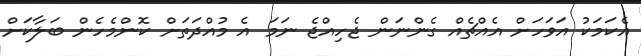
އެކަމަކު އަވަހަށް އެއްޗެއް ގެންނަން ޖެހިއްޖެ ނަމަ އެ މުއްދަތަށް ކޮންމެހެން ބަލާކަށް